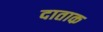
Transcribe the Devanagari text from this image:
दाताक